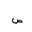
Letter: _sad